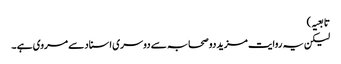
تابعیہ )
لیکن یہ روایت مزید دو صحابہ سے دوسری اسناد سے مروی ہے ۔